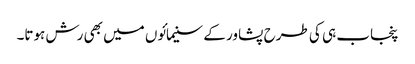
پنجاب ہی کی طرح پشاور کے سنیمائوں میں بھی رش ہوتا۔